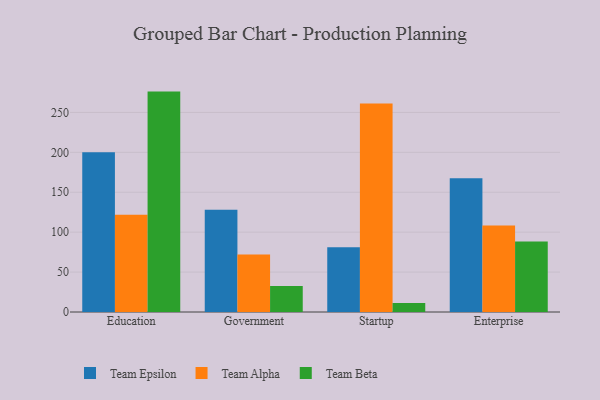
{"axis": {"x": "Segment", "y": "Inventory Turnover"}, "legend": ["Team Alpha", "Team Beta", "Team Epsilon"], "data": [{"x": "Education", "y": 200.2, "type": "Team Epsilon"}, {"x": "Education", "y": 121.7, "type": "Team Alpha"}, {"x": "Education", "y": 276.1, "type": "Team Beta"}, {"x": "Government", "y": 128.0, "type": "Team Epsilon"}, {"x": "Government", "y": 72.1, "type": "Team Alpha"}, {"x": "Government", "y": 32.5, "type": "Team Beta"}, {"x": "Startup", "y": 81.1, "type": "Team Epsilon"}, {"x": "Startup", "y": 261.3, "type": "Team Alpha"}, {"x": "Startup", "y": 11.3, "type": "Team Beta"}, {"x": "Enterprise", "y": 167.4, "type": "Team Epsilon"}, {"x": "Enterprise", "y": 108.5, "type": "Team Alpha"}, {"x": "Enterprise", "y": 88.2, "type": "Team Beta"}]}